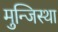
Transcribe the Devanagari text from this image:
मुन्जिस्था